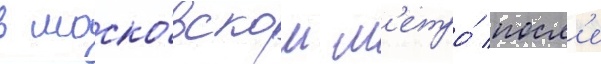
в моско́вском м'етро́ посл'е